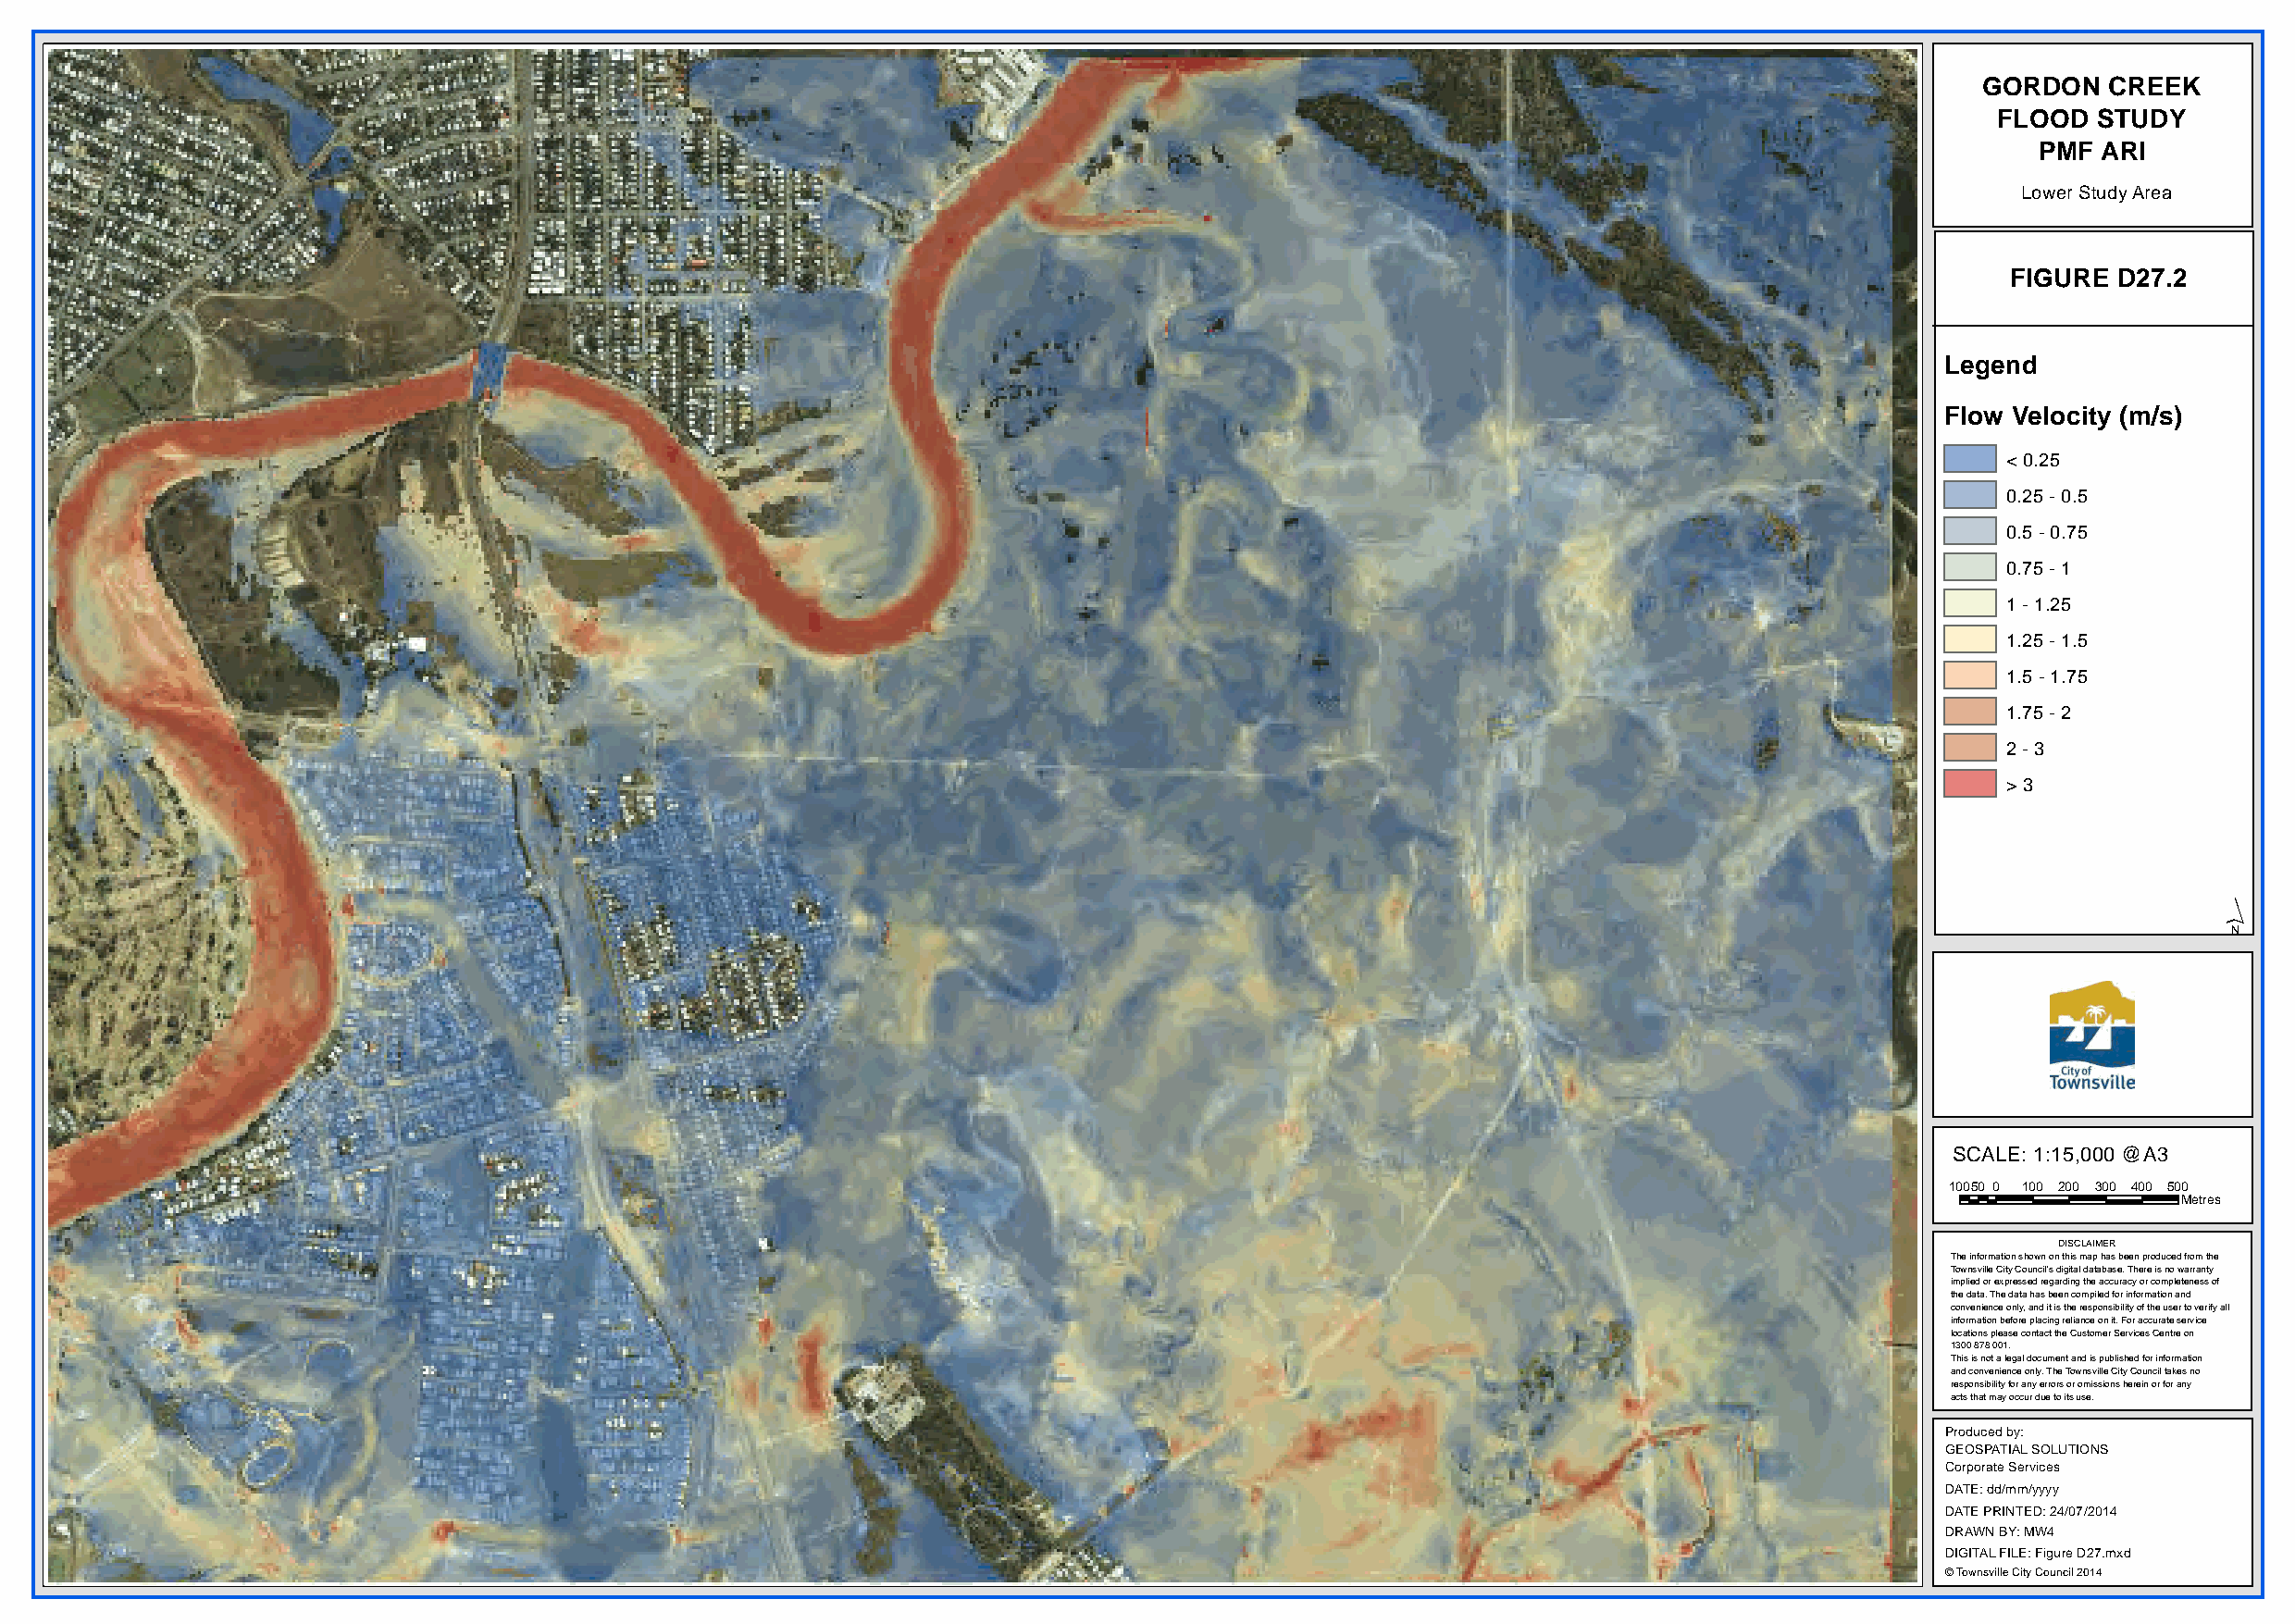
GORDON   CREEK
 FLOOD  STUDY
 PMF ARI
 Lower Study Area
 FIGURE D27.2
 Legend
 Flow Velocity (m/s)
 < 0.25
 0.25 - 0.5
 0.5 - 0.75
 0.75 - 1
 1 - 1.25
 1.25 - 1.5
 1.5 - 1.75
 1.75 - 2
 2 - 3
 > 3
 ´
 SCALE: 1:15,000 @A3
 10050 0 100 200 300 400 500
 Metres
 DISCLAIMER
 The information shown on this map has been produced from the
 Townsville City Council's digital database. There is no warranty
 implied or expressed regarding the accuracy or completeness of
 the data. The data has been compiled for information and
 convenience only, and it is the responsibility of the user to verify all
 information before placing reliance on it. For accurate service
 locations please contact the Customer Services Centre on
 1300 878 001.
 This is not a legal document and is published for information
 and convenience only. The Townsville City Council takes no
 responsibility for any errors or omissions herein or for any
 acts that may occur due to its use.
 Produced by:
 GEOSPATIAL SOLUTIONS
 Corporate Services
 DATE: dd/mm/yyyy
 DATE PRINTED: 24/07/2014
 DRAWN BY: MW4
 DIGITAL FILE: Figure D27.mxd
 © Townsville City Council 2014